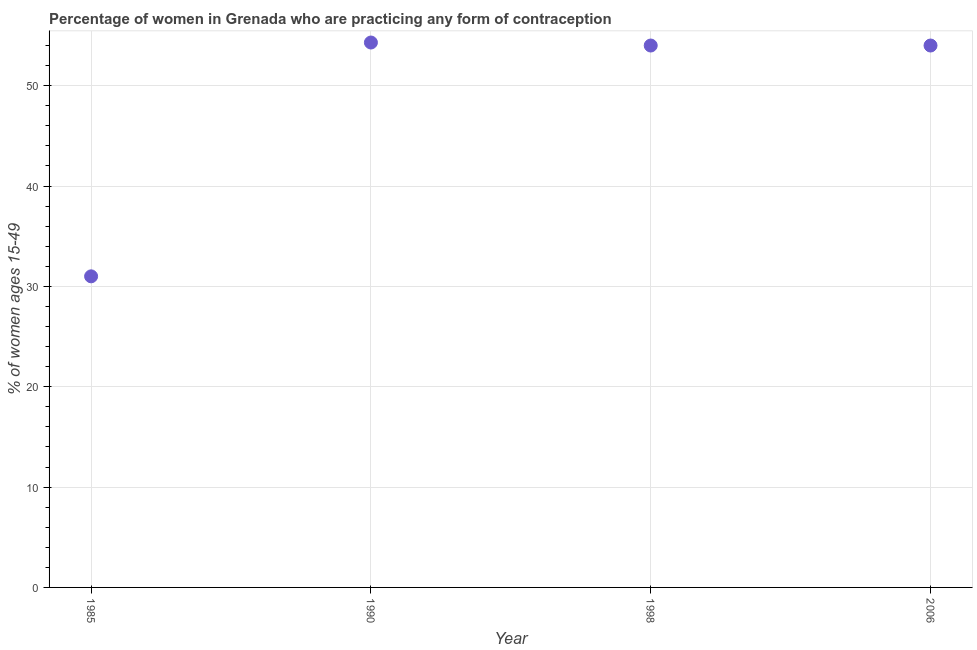
| Year | Contraceptive prevalence |
 | --- | --- |
 | 1985 | 31 |
 | 1990 | 54.3 |
 | 1998 | 54 |
 | 2006 | 54 |